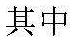
其中